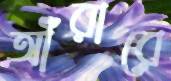
আঁরারে